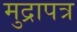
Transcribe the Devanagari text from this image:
मुद्रापत्र